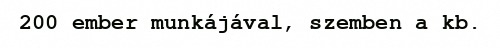
200 ember munkájával, szemben a kb.